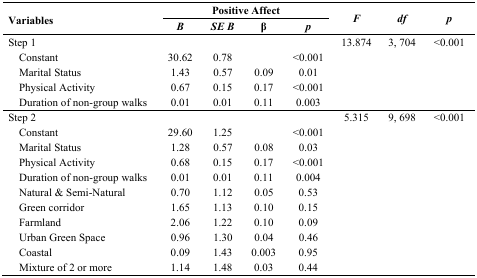
<table><thead><tr><td rowspan="2"><b>Variables</b></td><td colspan="4"><b>Positive Affect</b></td><td rowspan="2"><b><i>F</i></b></td><td rowspan="2"><b><i>df</i></b></td><td rowspan="2"><b><i>p</i></b></td></tr><tr><td><b><i>B</i></b></td><td><b><i>SE B</i></b></td><td><b>β</b></td><td><b><i>p</i></b></td></tr></thead><tbody><tr><td>Step 1</td><td></td><td></td><td></td><td></td><td>13.874</td><td>3, 704</td><td>&lt;0.001</td></tr><tr><td> Constant</td><td>30.62</td><td>0.78</td><td></td><td>&lt;0.001</td><td></td><td></td><td></td></tr><tr><td> Marital Status</td><td>1.43</td><td>0.57</td><td>0.09</td><td>0.01</td><td></td><td></td><td></td></tr><tr><td> Physical Activity</td><td>0.67</td><td>0.15</td><td>0.17</td><td>&lt;0.001</td><td></td><td></td><td></td></tr><tr><td> Duration of non-group walks</td><td>0.01</td><td>0.01</td><td>0.11</td><td>0.003</td><td></td><td></td><td></td></tr><tr><td>Step 2</td><td></td><td></td><td></td><td></td><td>5.315</td><td>9, 698</td><td>&lt;0.001</td></tr><tr><td> Constant</td><td>29.60</td><td>1.25</td><td></td><td>&lt;0.001</td><td></td><td></td><td></td></tr><tr><td> Marital Status</td><td>1.28</td><td>0.57</td><td>0.08</td><td>0.03</td><td></td><td></td><td></td></tr><tr><td> Physical Activity</td><td>0.68</td><td>0.15</td><td>0.17</td><td>&lt;0.001</td><td></td><td></td><td></td></tr><tr><td> Duration of non-group walks</td><td>0.01</td><td>0.01</td><td>0.11</td><td>0.004</td><td></td><td></td><td></td></tr><tr><td> Natural &amp; Semi-Natural</td><td>0.70</td><td>1.12</td><td>0.05</td><td>0.53</td><td></td><td></td><td></td></tr><tr><td> Green corridor</td><td>1.65</td><td>1.13</td><td>0.10</td><td>0.15</td><td></td><td></td><td></td></tr><tr><td> Farmland</td><td>2.06</td><td>1.22</td><td>0.10</td><td>0.09</td><td></td><td></td><td></td></tr><tr><td> Urban Green Space</td><td>0.96</td><td>1.30</td><td>0.04</td><td>0.46</td><td></td><td></td><td></td></tr><tr><td> Coastal</td><td>0.09</td><td>1.43</td><td>0.003</td><td>0.95</td><td></td><td></td><td></td></tr><tr><td> Mixture of 2 or more</td><td>1.14</td><td>1.48</td><td>0.03</td><td>0.44</td><td></td><td></td><td></td></tr></tbody></table>